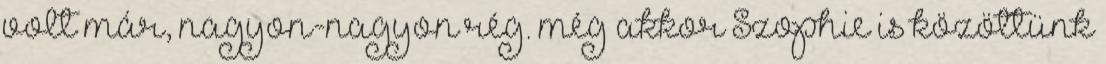
volt már, nagyon-nagyon rég. még akkor Szophie is közöttünk